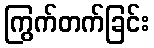
ကြွက်တက်ခြင်း